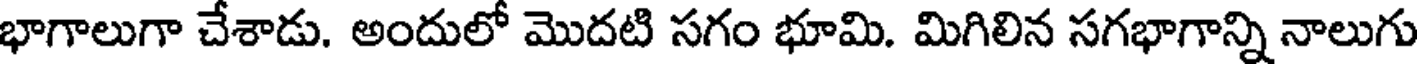
భాగాలుగా చేశాడు. అందులో మొదటి సగం భూమి. మిగిలిన సగభాగాన్ని నాలుగు